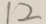
1 2